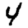
Digit: 4